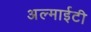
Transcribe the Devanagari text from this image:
अल्माईटी